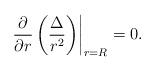
LaTeX: \begin{align*}\left.\frac{\partial}{\partial r}\left(\frac{\Delta}{r^2}\right)\right|_{r=R}=0.\end{align*}